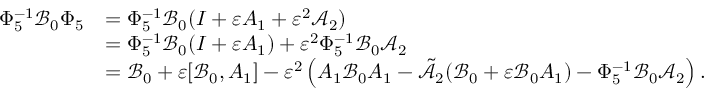
\begin{array} { r l } { \Phi _ { 5 } ^ { - 1 } \mathcal { B } _ { 0 } \Phi _ { 5 } } & { = \Phi _ { 5 } ^ { - 1 } \mathcal { B } _ { 0 } ( I + \varepsilon A _ { 1 } + \varepsilon ^ { 2 } \mathcal { A } _ { 2 } ) } \\ & { = \Phi _ { 5 } ^ { - 1 } \mathcal { B } _ { 0 } ( I + \varepsilon A _ { 1 } ) + \varepsilon ^ { 2 } \Phi _ { 5 } ^ { - 1 } \mathcal { B } _ { 0 } \mathcal { A } _ { 2 } } \\ & { = \mathcal { B } _ { 0 } + \varepsilon [ \mathcal { B } _ { 0 } , A _ { 1 } ] - \varepsilon ^ { 2 } \left( A _ { 1 } \mathcal { B } _ { 0 } A _ { 1 } - \tilde { \mathcal { A } _ { 2 } } ( \mathcal { B } _ { 0 } + \varepsilon \mathcal { B } _ { 0 } A _ { 1 } ) - \Phi _ { 5 } ^ { - 1 } \mathcal { B } _ { 0 } \mathcal { A } _ { 2 } \right) . } \end{array}